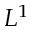
L ^ { 1 }